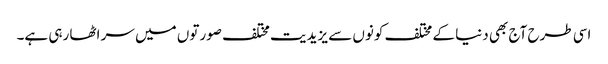
اسی طرح آج بھی دنیا کے مختلف کونوں سے یزیدیت مختلف صورتوں میں سر اٹھا رہی ہے۔